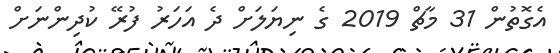
އެގޮތުން 31 މާޗް 2019 ގެ ނިޔަލަށް ދެ އަހަރު ފުރޭ ކުދިންނަށް